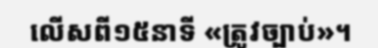
លើសពី១៥នាទី «ត្រូវច្បាប់»។